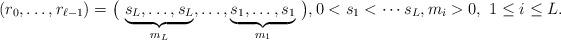
LaTeX: \begin{align*}(r_0, \ldots, r_{\ell-1}) = \big(\, \underbrace{s_L, \ldots, s_L}_{m_L}, \ldots , \underbrace{s_1, \ldots, s_1}_{m_1}\, \big), 0< s_1 < \cdots s_L, m_i >0, \ 1\leq i \leq L.\end{align*}